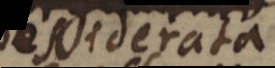
desiderata